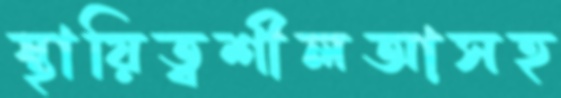
স্থায়িত্বশীলআসহ